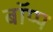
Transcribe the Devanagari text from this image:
बॉप्प